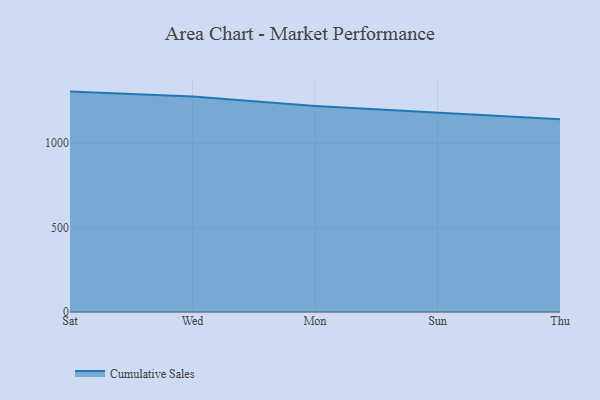
{"axis": {"x": "Day", "y": "Churn Rate (%)"}, "legend": ["Cumulative Sales"], "data": [{"x": "Sat", "y": 1306.4, "type": "Cumulative Sales"}, {"x": "Wed", "y": 1277.3, "type": "Cumulative Sales"}, {"x": "Mon", "y": 1221.5, "type": "Cumulative Sales"}, {"x": "Sun", "y": 1182.3, "type": "Cumulative Sales"}, {"x": "Thu", "y": 1141.8, "type": "Cumulative Sales"}]}